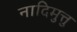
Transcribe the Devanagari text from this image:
नादिमुत्तु